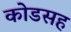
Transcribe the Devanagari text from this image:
कोडसह